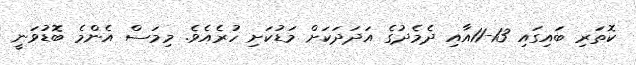
ކޮތަރި ބައިގައި 13-11އާއި ދެމެދުގެ އަދަދަކަށް މަޑުކަށި ހުރެއެވެ. މިމަސް އެންމެ ބޮޑުވަނީ